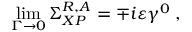
\operatorname * { l i m } _ { \Gamma \rightarrow 0 } \Sigma _ { X P } ^ { R , A } = \mp i \varepsilon \gamma ^ { 0 } \; ,